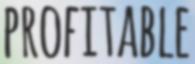
PROFITABLE